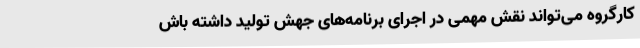
کارگروه می‌تواند نقش مهمی در اجرای برنامه‌های جهش تولید داشته باش